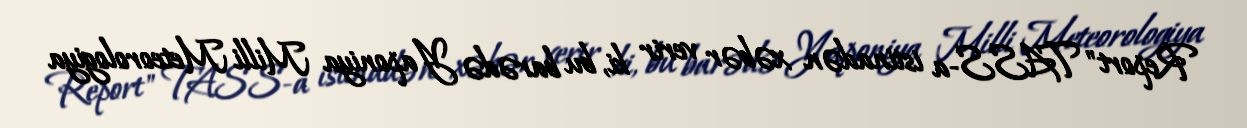
Report" TASS-a istinadən xəbər verir ki, bu barədə Yaponiya Milli Meteorologiya